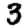
Digit: 3